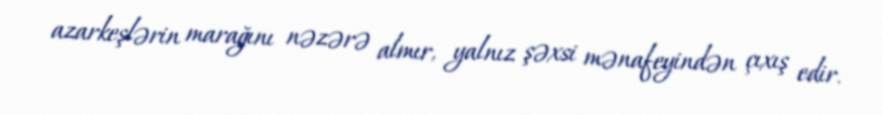
azarkeşlərin marağını nəzərə almır, yalnız şəxsi mənafeyindən çıxış edir.